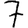
Digit: 7